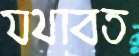
যথাবত